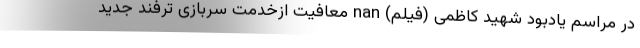
در مراسم یادبود شهید کاظمی (فیلم) nan معافیت ازخدمت سربازی ترفند جدید